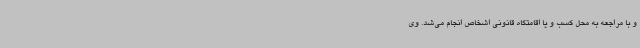
و با مراجعه به محل کسب و یا اقامتگاه قانونی اشخاص انجام می‌شد. وی